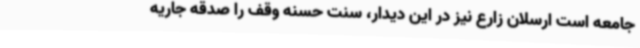
جامعه است ارسلان زارع نیز در این دیدار، سنت حسنه وقف را صدقه جاریه